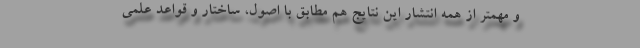
و مهمتر از همه انتشار این نتایج هم مطابق با اصول، ساختار و قواعد علمی